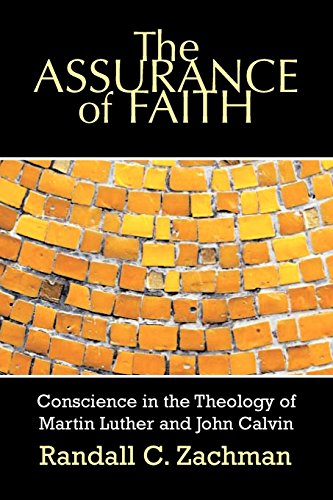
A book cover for The Assurance of Faith: Conscience in the Theology of Martin Luther and John Calvin; Randall C. Zachman; Christian Books & Bibles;